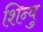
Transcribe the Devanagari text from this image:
शिन्वु